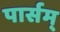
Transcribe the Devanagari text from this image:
पार्सम्